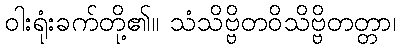
ဝါးရုံးခက်တို့၏။ သံသိဗ္ဗိတဝိသိဗ္ဗိတတ္တာ၊